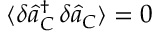
\langle \delta \hat { a } _ { C } ^ { \dagger } \, \delta \hat { a } _ { C } \rangle = 0